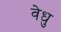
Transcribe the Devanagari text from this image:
वेधु